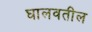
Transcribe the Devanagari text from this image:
घालवतील